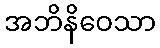
အဘိနိဝေသာ